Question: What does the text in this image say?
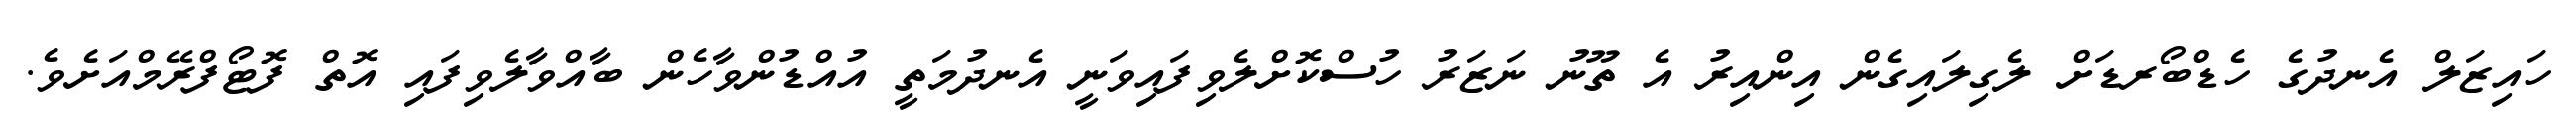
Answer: ހައިޒަލް އެނދުގެ ހެޑްބޯރޑަށް ލެގިލައިގެން އިންއިރު އެ ތޫނު ނަޒަރު ހުސްކޮށްލެވިފައިވަނީ އެނދުމަތީ އުއްޑުންވާހެން ބާއްވާލެވިފައި އޮތް ފޮޓޯފްރޭމްއަށެވެ.